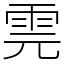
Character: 䨌